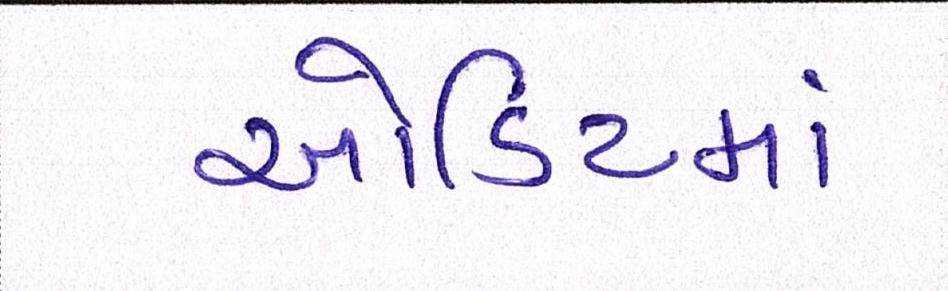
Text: ઓડિટમાં